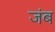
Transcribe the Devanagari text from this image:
जंब